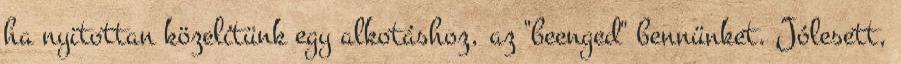
ha nyitottan közelítünk egy alkotáshoz, az "beenged" bennünket. Jólesett,